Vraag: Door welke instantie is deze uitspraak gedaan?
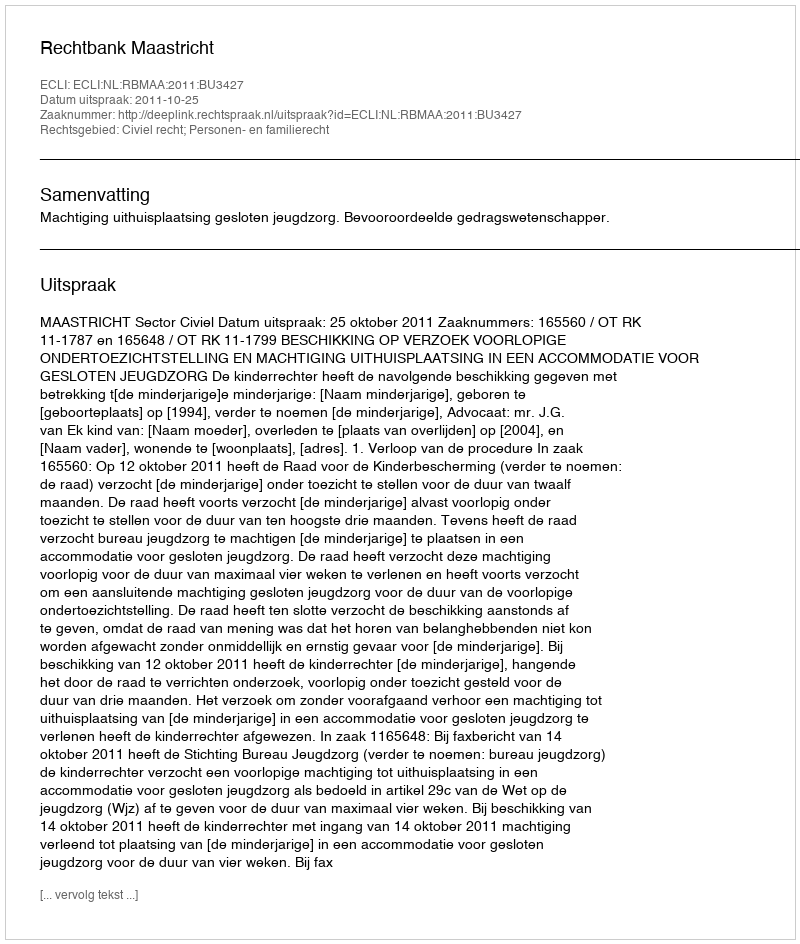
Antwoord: Rechtbank Maastricht